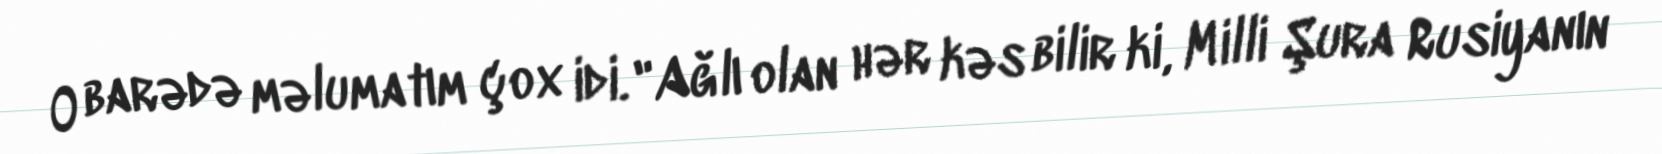
O barədə məlumatım çox idi. "Ağlı olan hər kəs bilir ki, Milli Şura Rusiyanın